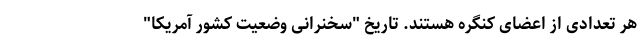
هر تعدادی از اعضای کنگره هستند. تاریخ "سخنرانی وضعیت کشور آمریکا"